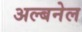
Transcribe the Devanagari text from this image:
अल्बनेल